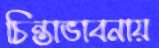
চিন্তাভাবনায়